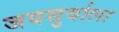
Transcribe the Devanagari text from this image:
जयसुर्याला